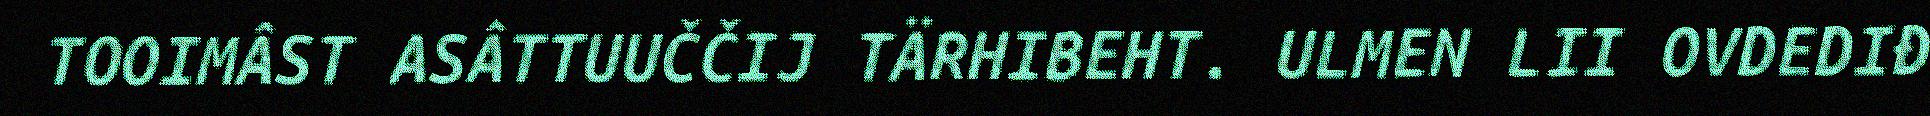
TOOIMÂST ASÂTTUUČČIJ TÄRHIBEHT. ULMEN LII OVDEDIĐ